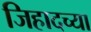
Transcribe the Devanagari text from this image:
जिहादच्या